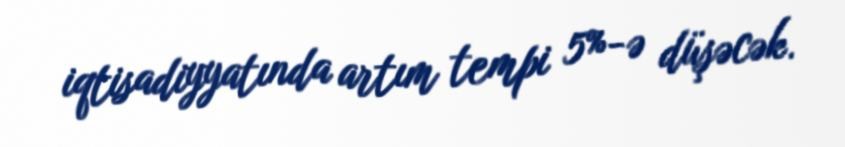
iqtisadiyyatında artım tempi 5%-ə düşəcək.